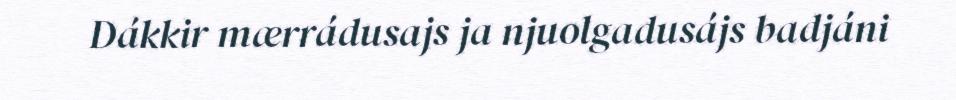
Dákkir mærrádusajs ja njuolgadusájs badjáni